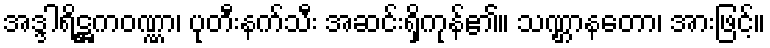
အဒ္ဒါရိဋ္ဌကဝဏ္ဏာ၊ ပုတီးနက်သီး အဆင်းရှိကုန်၏။ သဏ္ဌာနတော၊ အားဖြင့်။